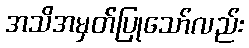
အသိအမှတ်ပြုသော်လည်း